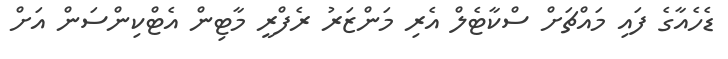
ޑެހެއާގެ ފައި މައްޗަށް ސްކާޓެލް އެރި މަންޒަރު ރެފްރީ މާޓިން އެޓްކިންސަން އަށް